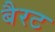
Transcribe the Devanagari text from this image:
बैरट